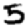
Digit: 5